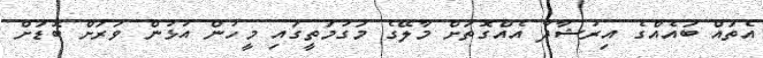
އެތައް ބައެއްގެ އިރުޝާދާ އެއްގޮތަށް މާލޭގެ މަގުމަތީގައި މީހުން އުޅުން ވަރަށް ބޮޑަށް